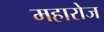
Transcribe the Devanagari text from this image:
महारोज